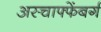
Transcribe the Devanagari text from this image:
अस्चाफ्फेंबर्ग